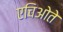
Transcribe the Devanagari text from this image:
एचिओते